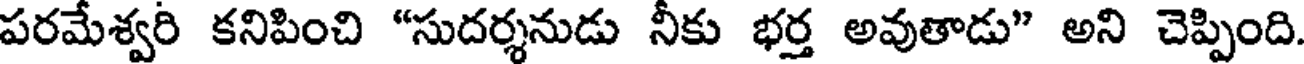
పరమేశ్వరి కనిపించి "సుదర్శనుడు నీకు భర్త అవుతాడు" అని చెప్పింది